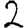
Digit: 2